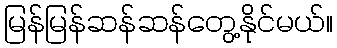
မြန်မြန်ဆန်ဆန်တွေ့နိုင်မယ်။